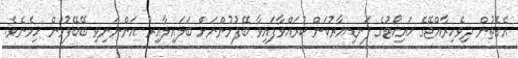
އެގޮތުން ދިވެހިރާއްޖޭގެ ހައިކޯޓުގެ ފަނޑިޔާރުކަން ކުރައްވާފައިވާ ބޭފުޅުންނަށް ބަލައިލާއިރު އަންނަނިވި ބޭބޭފުޅުން ހިމެނެވެ.